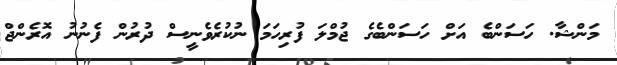
މަންޝާ. ހަސަންބެ އަށް ހަސަންބެގެ ޖުމްލަ ފުރިހަމަ ނުކުރެވެނީސް ދުރުން ފެނުނު އޮރެންޖް